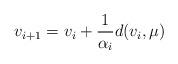
LaTeX: \begin{align*} v_{i+1} = v_i + \frac{1}{\alpha_i} d(v_i, \mu)\end{align*}